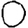
Digit: 0